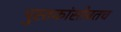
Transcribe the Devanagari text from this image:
पुस्तकांसोबतच